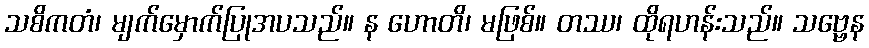
သစိကတံ၊ မျက်မှောက်ပြုအပသည်။ န ဟောတိ၊ မဖြစ်။ တဿ၊ ထိုရဟန်းသည်။ သဗ္ဗေန